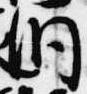
洞